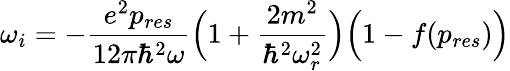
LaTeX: \omega_{i}=-\frac{e^{2}p_{res}}{12\pi\hbar^{2}\omega}\Big(1+\frac{2m^{2}}{\hbar^{2}\omega_{r}^{2}}\Big)\Big(1-f(p_{res})\Big)